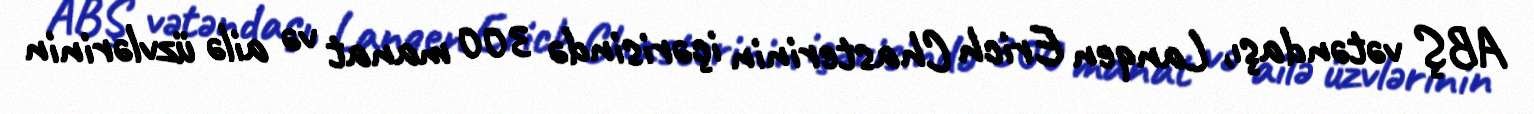
ABŞ vətəndaşı, Lanqen Erich Chasterinin içərisində 300 manat və ailə üzvlərinin